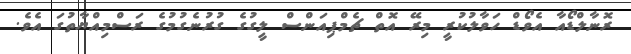
ރޮނާލްޑޯއާ އެވޯޑް ހަވާލުކުރީ މިރޭ އޮތް ޗެމްޕިއަންސް ލީގުގެ ގުރުނެގުމުގެ ރަސްމިއްޔާތުގަ އެވެ.